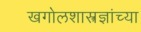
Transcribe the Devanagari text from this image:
खगोलशास्त्रज्ञांच्या